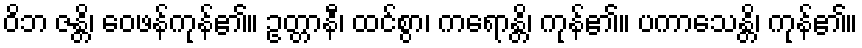
ဝိဘ ဇန္တိ၊ ဝေဖန်ကုန်၏။ ဥတ္တာနီ၊ ထင်စွာ၊ ကရောန္တိ၊ ကုန်၏။ ပကာသေန္တိ၊ ကုန်၏။